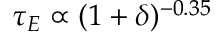
\tau _ { E } \propto ( 1 + \delta ) ^ { - 0 . 3 5 }